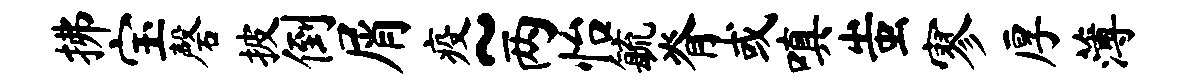
拂宝磬披倒屑疫~两怡毓脊或嗔蚩寥厚薄